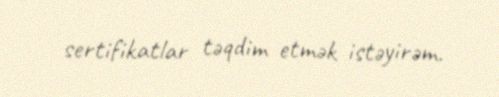
sertifikatlar təqdim etmək istəyirəm.